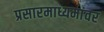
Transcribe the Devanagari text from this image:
प्रसारमाध्यमांवर